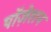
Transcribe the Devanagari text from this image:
पॉज़ेशन